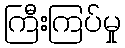
ကြီးကြပ်မှု